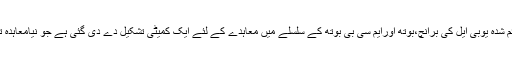
اجلاس میں یہ بھی فیصلہ کیا گیا کہ جامعہ کراچی میں قائم شدہ یوبی ایل کی برانچ،بوتھ اورایم سی بی بوتھ کے سلسلے میں معاہدے کے لئے ایک کمیٹی تشکیل دے دی گئی ہے جو نیامعاہدہ تیار کرکے سنڈیکیٹ کے آئندہ اجلاس میں پیش کرے گی ۔